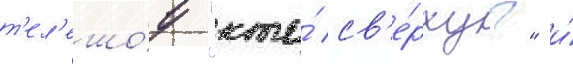
т'ел'ешо́у "кто́ св'е́рху?" и́